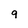
Character: 9